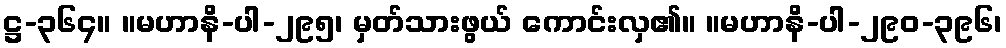
ဋ္ဌ-၃၆၄။ ။မဟာနိ-ပါ-၂၉၅၊ မှတ်သားဖွယ် ကောင်းလှ၏။ ။မဟာနိ-ပါ-၂၉၀-၃၉၆၊